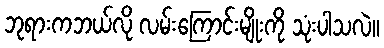
ဘုရားကဘယ်လို လမ်းကြောင်းမျိုးကို သုံးပါသလဲ။